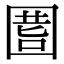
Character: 𡇾